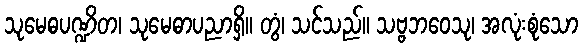
သုမေဓပဏ္ဍိတ၊ သုမေဓာပညာရှိ။ တွံ၊ သင်သည်။ သဗ္ဗဘဝေသု၊ အလုံးစုံသော